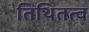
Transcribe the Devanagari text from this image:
तिथितत्व